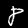
Label: 8